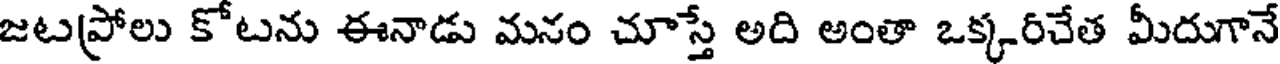
జటప్రోలు కోటను ఈనాడు మనం చూస్తే అది అంతా ఒక్కరిచేత మీదుగానే